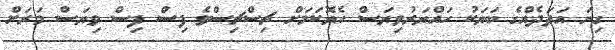
ގިނަ އަދަދެއްގެ ބަޔަކު ހައްޔަރުވިޔަސް ހެޔޮކަމަށް ޗިސްޗިސްވެ ފިސް ފިސް ވިޔަސް މަރަށް